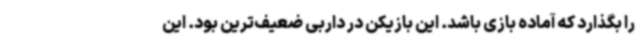
را بگذارد که آماده بازی باشد. این بازیکن در داربی ضعیف‌ترین بود. این